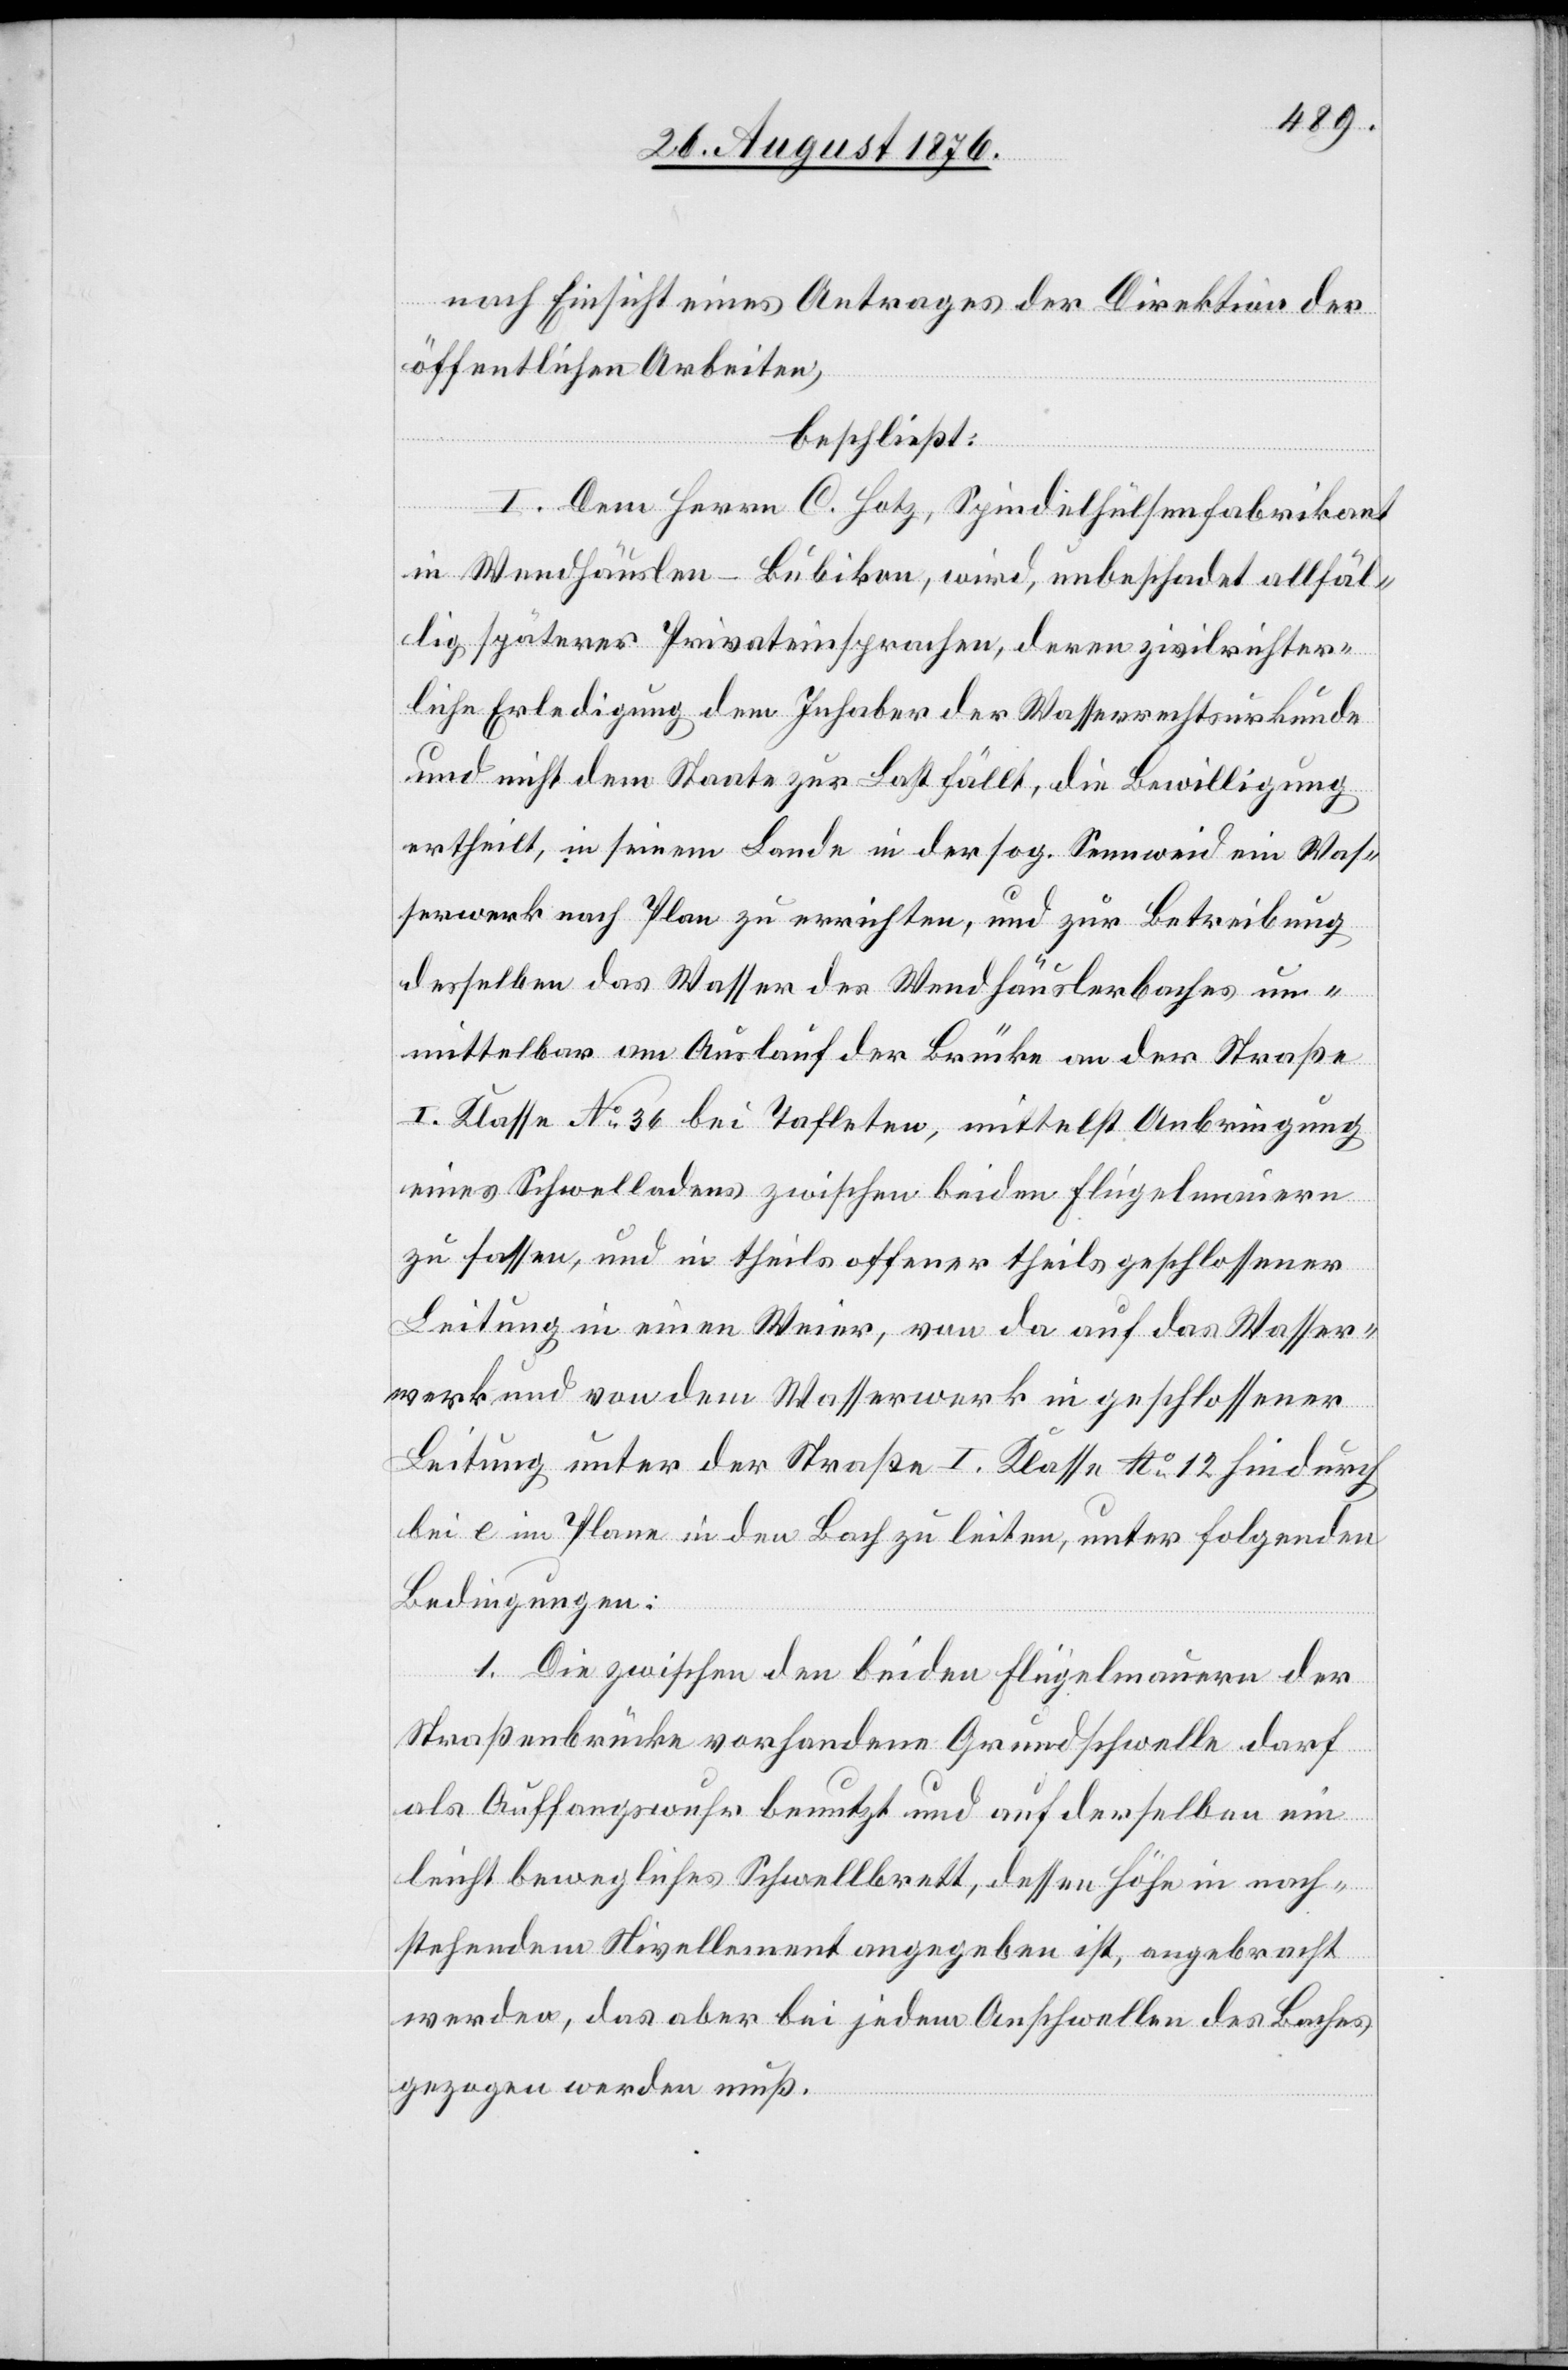
nach Einsicht eines Antrages der Direktion der
öffentlichen Arbeiten,
beschließt:
I. Dem Herrn C. Hotz, Spindelhülsenfabrikant
in Wendhäuslen – Bubikon, wird, unbeschadet allfäl¬
lig späterer Privateinsprachen, deren zivilrichter¬
liche Erledigung dem Inhaber der Wasserrechtsurkunde
und nicht dem Staate zur Last fällt, die Bewilligung
ertheilt, in seinem Lande in der sog. Sennweid ein Was¬
serwerk nach Plan zu errichten, und zur Betreibung
desselben das Wasser des Wendhäuslerbaches un¬
mittelbar am Auslauf der Brücke an der Straße
I. Klasse No 36 bei Tafleten, mittelst Anbringung
eines Schwelladens zwischen beiden Flügelmauern
zu fassen, und in theils offener theils geschlossener
Leitung in einen Weier, von da auf das Wasser¬
werk und von dem Wasserwerk in geschlossener
Leitung unter der Straße I. Klasse No 12 hindurch
bei e im Plane in den Bach zu leiten, unter folgenden
Bedingungen:
1. Die zwischen den beiden Flügelmauern der
Straßenbrücke vorhandene Grundschwelle darf
als Auffangswuhr benutzt und auf derselben ein
leicht bewegliches Schwellbrett, dessen Höhe in nach¬
stehendem Nivellement angegeben ist, angebracht
werden, das aber bei jedem Anschwellen des Baches
gezogen werden muß.